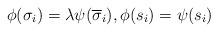
LaTeX: \begin{align*}\phi(\sigma_i) = \lambda \psi(\overline{\sigma}_i), \phi(s_i) = \psi(s_i) \end{align*}